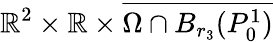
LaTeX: \mathbb{R}^{2}\times\mathbb{R}\times\overline{{\Omega\cap B_{r_{3}}(P_{0}^{1})}}